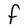
Character: F